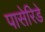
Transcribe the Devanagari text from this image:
पासेरिडे